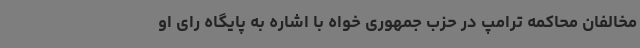
مخالفان محاکمه ترامپ در حزب جمهوری خواه با اشاره به پایگاه رای او